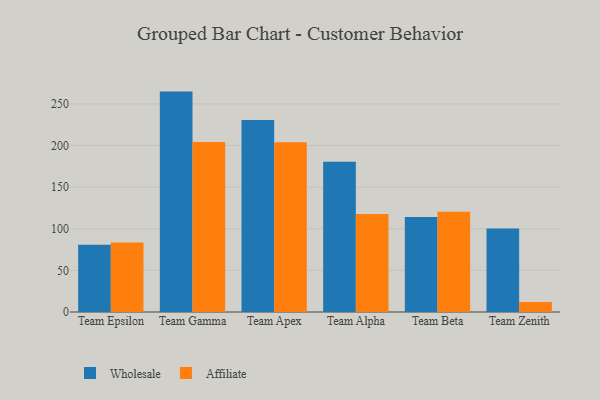
{"axis": {"x": "Team", "y": "Shipments"}, "legend": ["Affiliate", "Wholesale"], "data": [{"x": "Team Epsilon", "y": 80.8, "type": "Wholesale"}, {"x": "Team Epsilon", "y": 83.4, "type": "Affiliate"}, {"x": "Team Gamma", "y": 264.8, "type": "Wholesale"}, {"x": "Team Gamma", "y": 204.1, "type": "Affiliate"}, {"x": "Team Apex", "y": 230.7, "type": "Wholesale"}, {"x": "Team Apex", "y": 203.9, "type": "Affiliate"}, {"x": "Team Alpha", "y": 180.4, "type": "Wholesale"}, {"x": "Team Alpha", "y": 117.7, "type": "Affiliate"}, {"x": "Team Beta", "y": 114.0, "type": "Wholesale"}, {"x": "Team Beta", "y": 120.3, "type": "Affiliate"}, {"x": "Team Zenith", "y": 100.2, "type": "Wholesale"}, {"x": "Team Zenith", "y": 12.0, "type": "Affiliate"}]}